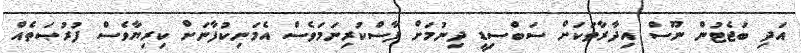
އަދި ބަޖެޓުން ނޫސް އިދާރާތަކަށް ސަބްސިޑީ ދިނުމަށް ފާސްކުރިނަމަވެސް އެމަނިކުފާނަށް ކިރިޔާވެސް ފުރުޞަތެއް